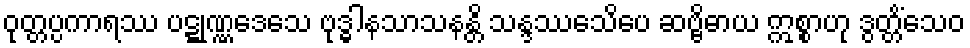
ဝုတ္တပ္ပကာရဿ ပဋ္ဋုဏ္ဏဒေသေ ဗုဒ္ဓါနသာသနန္တိ သန္ဒဿေသိပေ ဆဗ္ဗိဓာယ ဣစ္စာဟု ဒွတ္တိံသေဝ